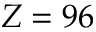
Z = 9 6